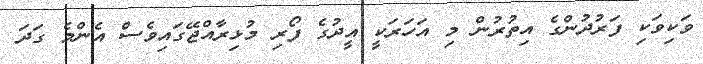
ވަކިވަކި ފަރުދުންގެ އިތުރުން މި އަހަރަކީ އީދުގެ ފޯރި މުޅިރާއްޖޭގައިވެސް އެންމެ ގަދަ